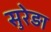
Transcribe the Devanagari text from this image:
सुरेड़ा